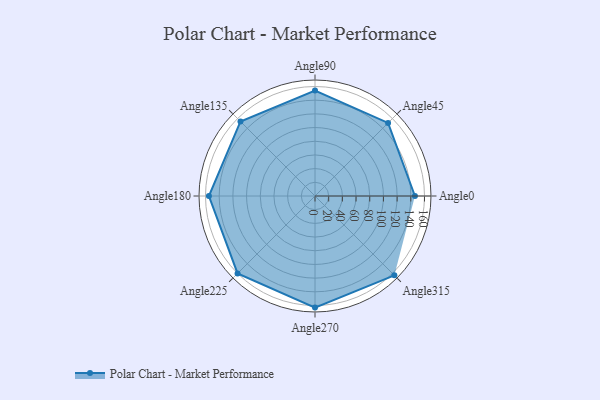
{"axis": {"x": "Angle", "y": "Radius"}, "legend": [""], "data": [{"x": "Angle0", "y": 146.0, "type": ""}, {"x": "Angle45", "y": 151.0, "type": ""}, {"x": "Angle90", "y": 154.0, "type": ""}, {"x": "Angle135", "y": 154.0, "type": ""}, {"x": "Angle180", "y": 155.0, "type": ""}, {"x": "Angle225", "y": 160.0, "type": ""}, {"x": "Angle270", "y": 163.0, "type": ""}, {"x": "Angle315", "y": 164.0, "type": ""}]}